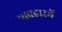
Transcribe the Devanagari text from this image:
व्यवहारमें